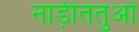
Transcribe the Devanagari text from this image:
नाड़ीतंतुओं